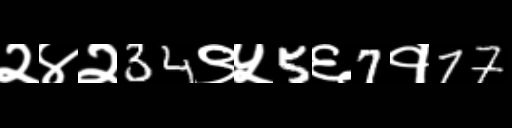
Text: २४२34९५5६7१77